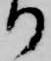
り